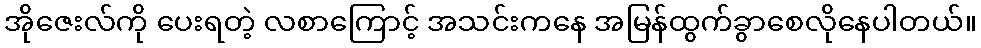
အိုဇေးလ်ကို ပေးရတဲ့ လစာကြောင့် အသင်းကနေ အမြန်ထွက်ခွာစေလိုနေပါတယ်။